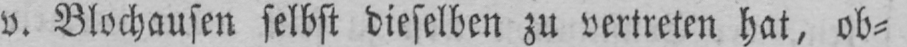
v. Blochausen selbst dieselben zu vertreten hat, ob⸗